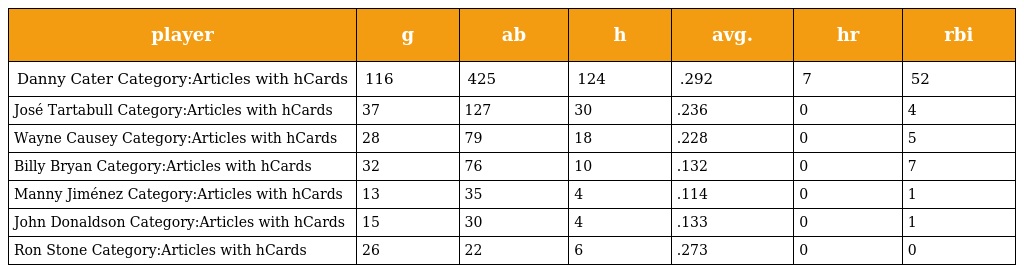
| player | g | ab | h | avg. | hr | rbi |
 | --- | --- | --- | --- | --- | --- | --- |
 | Danny Cater Category:Articles with hCards | 116 | 425 | 124 | .292 | 7 | 52 |
 | José Tartabull Category:Articles with hCards | 37 | 127 | 30 | .236 | 0 | 4 |
 | Wayne Causey Category:Articles with hCards | 28 | 79 | 18 | .228 | 0 | 5 |
 | Billy Bryan Category:Articles with hCards | 32 | 76 | 10 | .132 | 0 | 7 |
 | Manny Jiménez Category:Articles with hCards | 13 | 35 | 4 | .114 | 0 | 1 |
 | John Donaldson Category:Articles with hCards | 15 | 30 | 4 | .133 | 0 | 1 |
 | Ron Stone Category:Articles with hCards | 26 | 22 | 6 | .273 | 0 | 0 |